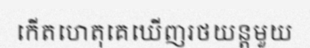
កើតហេតុគេឃើញរថយន្តមួយ